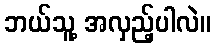
ဘယ်သူ့ အလှည့်ပါလဲ။